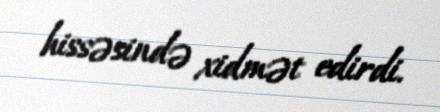
hissəsində xidmət edirdi.